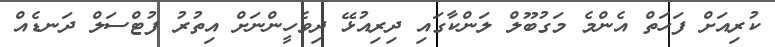
ކުރިއަށް ފަހަތް އެންމެ މަގުބޫލް ލަންކާގައި ދިރިއުޅޭ ދިވެހީންނަށް އިތުރު ފުޓްސަލް ދަނޑެއް